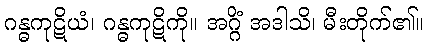
ဂန္ဓကုဋိယံ၊ ဂန္ဓကုဋိကို။ အဂ္ဂိံ အဒါသိ၊ မီးတိုက်၏။